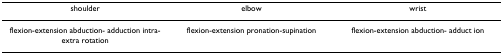
<table><thead><tr><td><b>shoulder</b></td><td><b>elbow</b></td><td><b>wrist</b></td></tr></thead><tbody><tr><td>flexion-extension abduction- adduction intra-extra rotation</td><td>flexion-extension pronation-supination</td><td>flexion-extension abduction- adduct ion</td></tr></tbody></table>